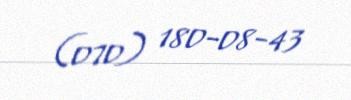
(070) 180-08-43